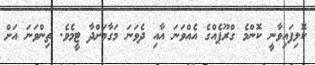
ކޮލިފައިވާނީ ކޮންމެ ގްރޫޕެއްގެ އެއްވަނަ އާއި ދެވަނަ މަގާމަށްދާ ޓީމެވެ. ތިންވަނަ އަށް